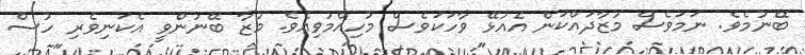
ބޭނުމެވެ. ނަމަވެސް މުޒާދައްކަން އެއުޅޭ ވާހަކަވެސް މުހިއްމުވިއެވެ. މުޒާ ބޭނުންވީ އެކަނިވެރި ހުސް